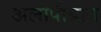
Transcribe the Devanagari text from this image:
अलोपीबाग